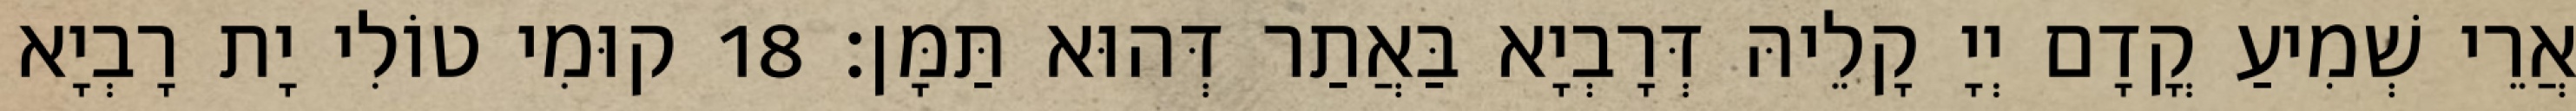
אֲרֵי שְׁמִיעַ קֳדָם יְיָ קָלֵיהּ דְּרָבְיָא בַּאֲתַר דְּהוּא תַּמָּן׃ 18 קוּמִי טוֹלִי יָת רָבְיָא